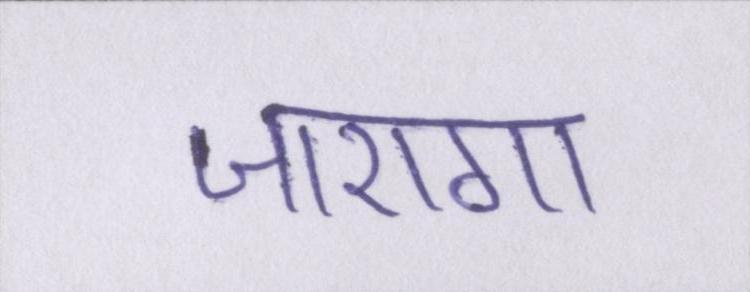
जाएगा